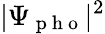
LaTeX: |\Psi_{\mathrm{~p~h~o~}}|^{2}